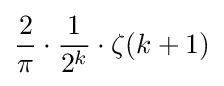
{\frac {2}{\pi }}\cdot {\frac {1}{2^{k}}}\cdot \zeta (k+1)